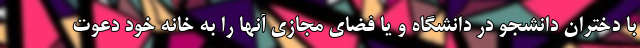
با دختران دانشجو در دانشگاه و یا فضای مجازی آنها را به خانه خود دعوت